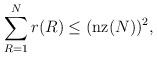
LaTeX: \begin{align*}\sum_{R=1}^N r(R) \le (\operatorname{nz}(N))^2,\end{align*}